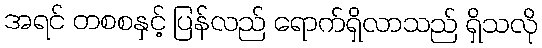
အရင် တစစနှင့် ပြန်လည် ရောက်ရှိလာသည် ရှိသလို